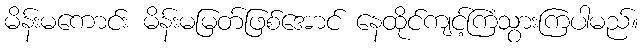
မိန်းမကောင်း မိန်းမမြတ်ဖြစ်အောင် နေထိုင်ကျင့်ကြံသွားကြပါမည်။